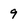
Character: 9